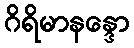
ဂိရိမာနန္ဒော